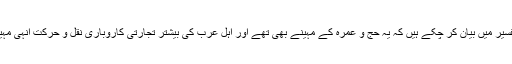
ہم سورۂ بقرہ کی تفسیر میں بیان کر چکے ہیں کہ یہ حج و عمرہ کے مہینے بھی تھے اور اہل عرب کی بیشتر تجارتی کاروباری نقل و حرکت انہی مہینوں میں ہوتی تھی۔